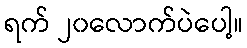
ရက် ၂၀လောက်ပဲပေါ့။